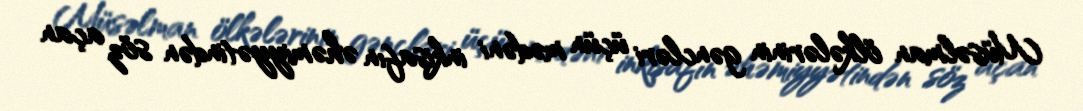
Müsəlman ölkələrinin gəncləri üçün mədəni inkişafın əhəmiyyətindən söz açan